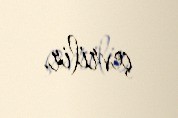
çevrilir.